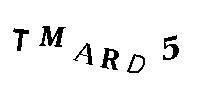
TMARD5